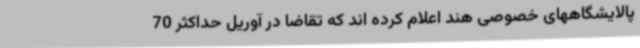
پالایشگاههای خصوصی هند اعلام کرده اند که تقاضا در آوریل حداکثر 70